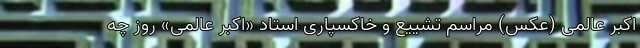
اکبر عالمی (عکس) مراسم تشییع و خاکسپاری استاد «اکبر عالمی» روز چه